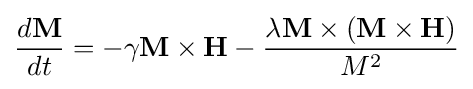
{\frac {d\mathbf {M} }{dt}}=-\gamma \mathbf {M} \times \mathbf {H} -{\frac {\lambda \mathbf {M} \times (\mathbf {M} \times \mathbf {H} )}{M^{2}}}